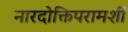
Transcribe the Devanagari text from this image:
नारदोक्तिपरामर्शी